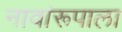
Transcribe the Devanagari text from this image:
नावांरूपाला